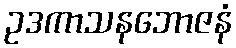
ဥဒကာသနဘောဇနံ